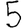
Digit: 5